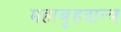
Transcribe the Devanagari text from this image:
महाबृहदान्त्र